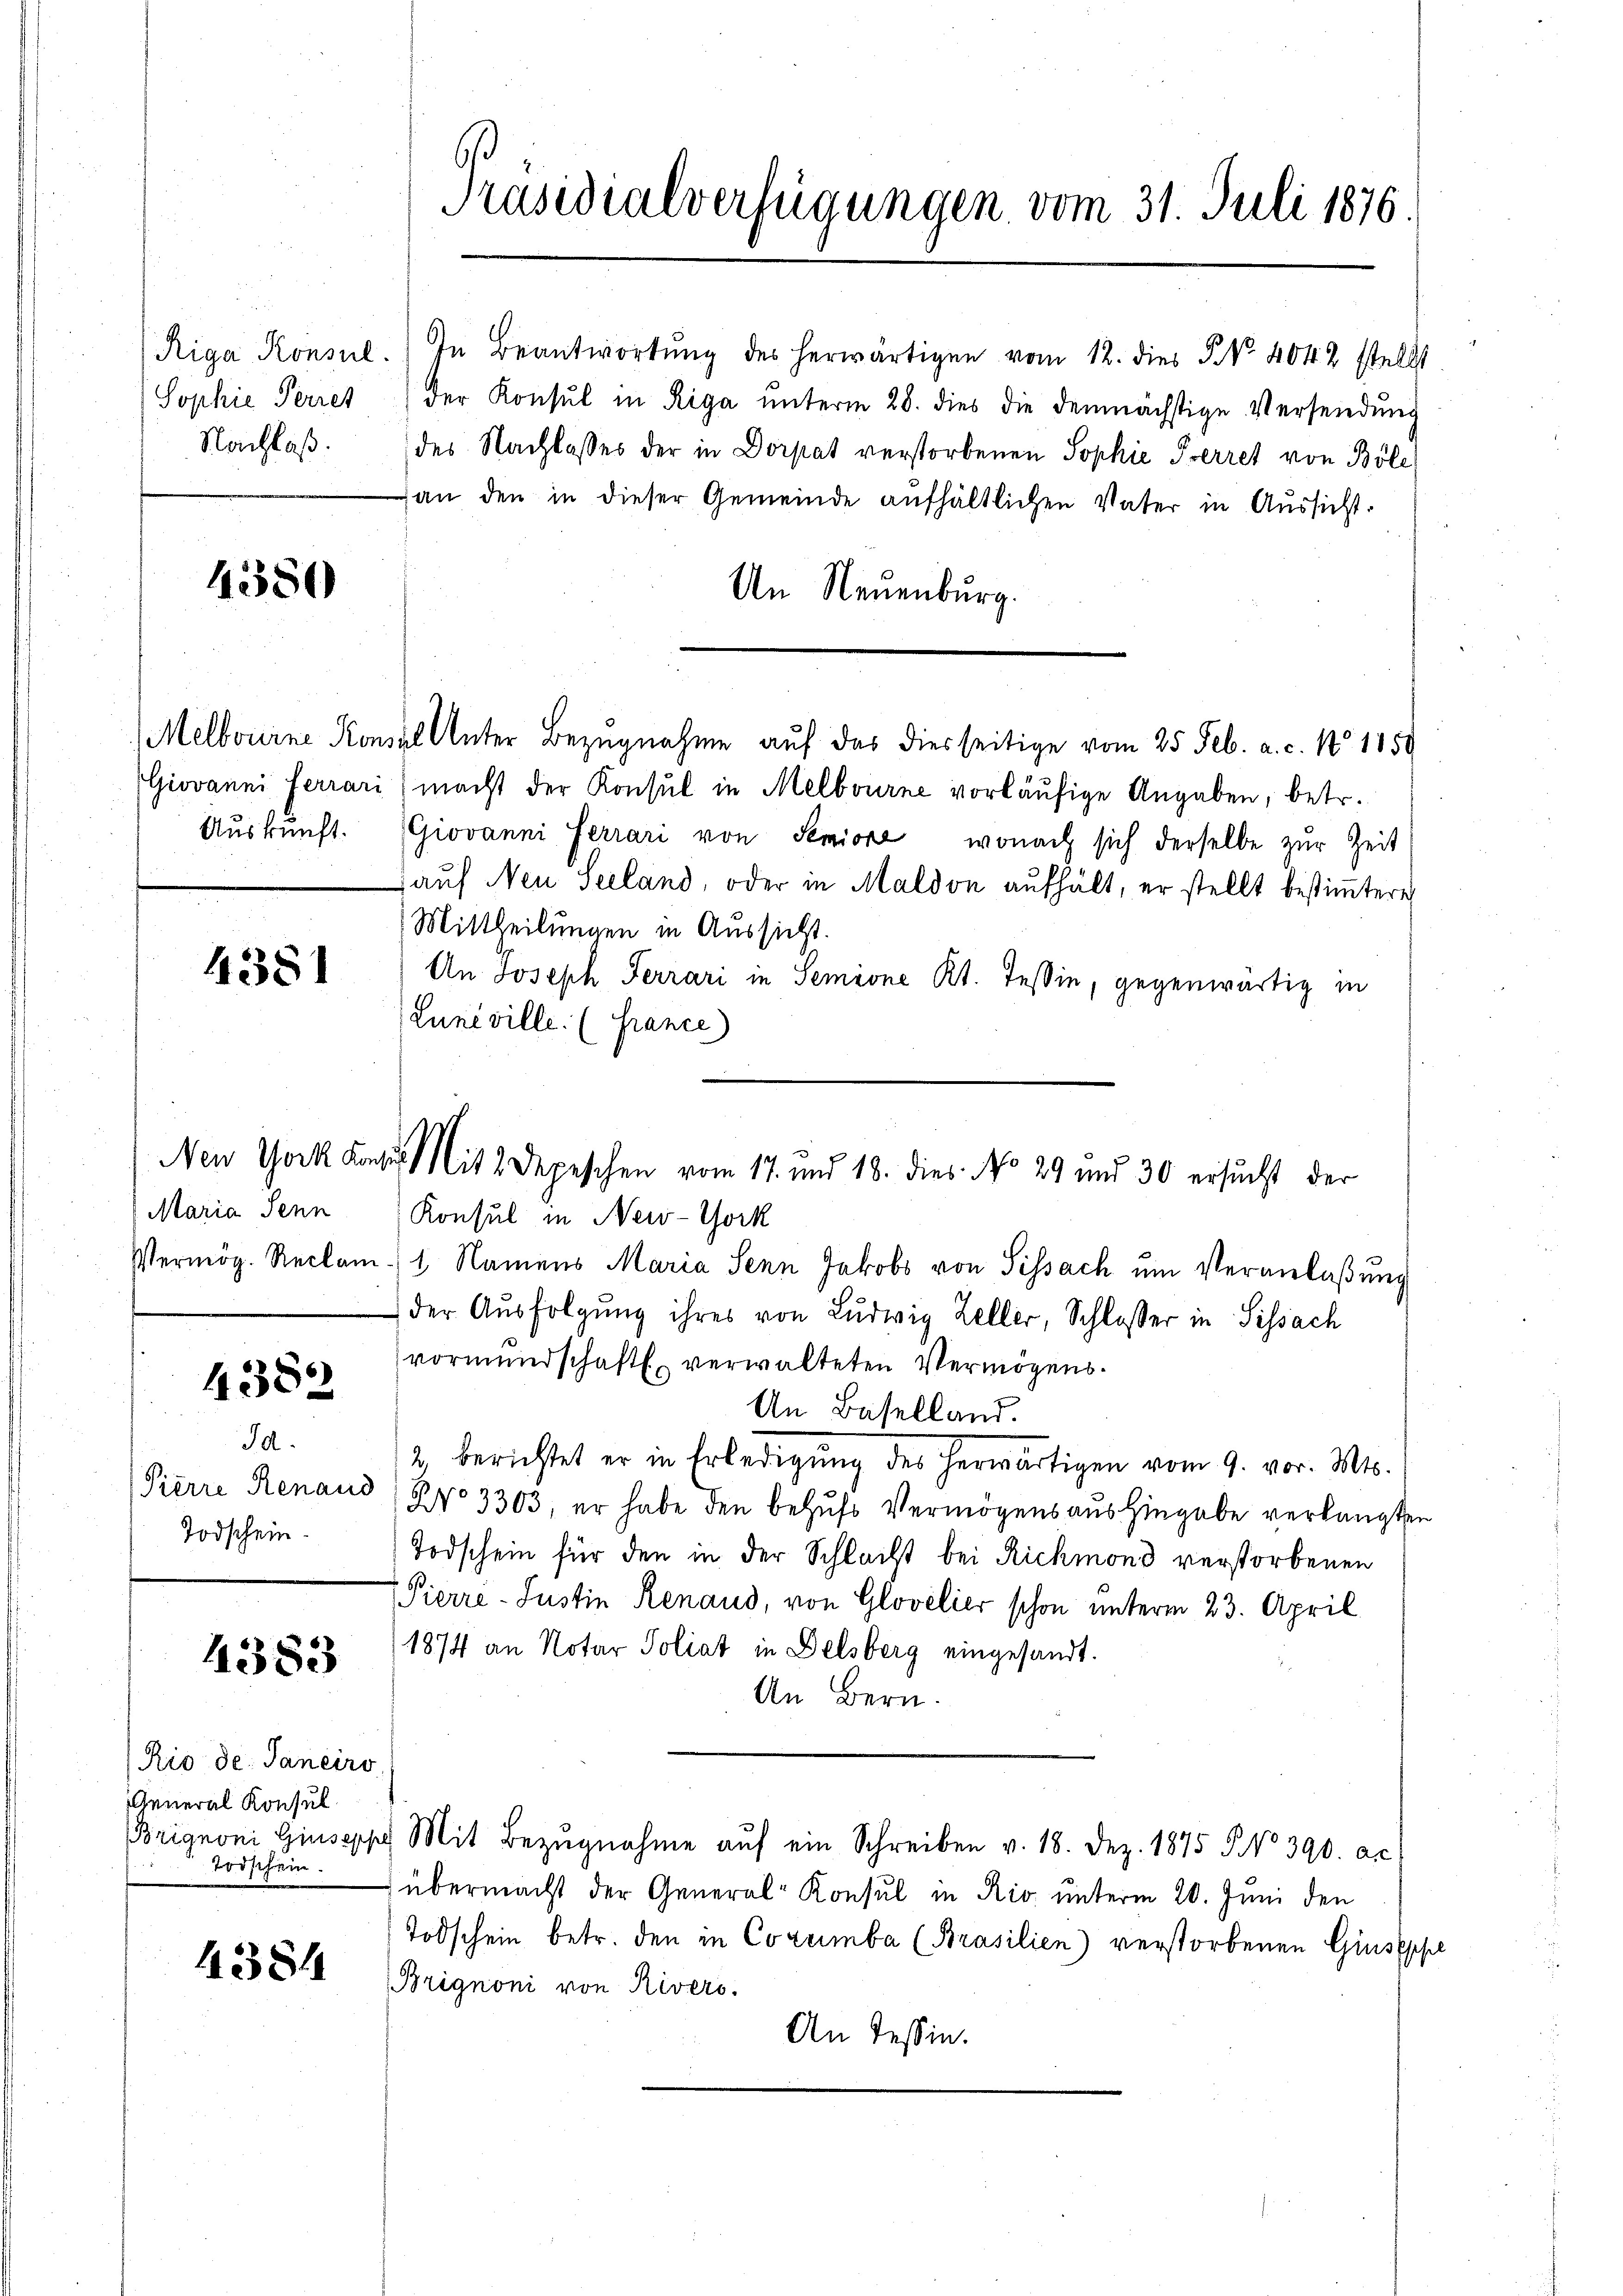
Sophie Perres
Nachlaß.

1380

Auskunft.

4381

Maria Senn

4382

Id.
Todschein.

4383

4384

Rio de. Janeiro
General Konsul
Todschein.

Präsidialverfügungen vom 31. Juli 1876.

New York Lant. Mit 2 Depeschen vom 17. und 18. dies No 29 und 30 ersucht der

Riga Konsul. In Beantwortŭng des herwärtigen vom 12. dies P. Nr. 4042 stellt
der Konsul in Riga ŭnterm 28. dies die demnächstige Versendŭng
des Nachlasses der in Dorpat verstorbenen Sophie Perret von Böle
an den in dieser Gemeinde aufhältlichen Vater in Aussicht.
Um Neuenburg.
Melbourne Konsul Unter Bezugnahme auf das diesseitige vom 25. Feb. a. c. 1 1859
Giovanni ferrari macht der Konsul in Melbourne vorläŭfige Angaben, betr.
Giovanni Ferrari von Seniore, wonach sich derselbe zur Zeit
aŭf Neu Seeland, oder in Maldon aufhält, er stellt bestiṁtere
Mittheilungen in Aussicht.
An Joseph Ferrari in Semine Kt. Tessin, gegenwärtig in
Luniville. (France)
Konsul in New-York
Vermög Reclam. 1. Namens Maria Senn Jakobs von Sissach um Veranlaßung
der Aŭsfolgŭng ihres von Ludwig Zeller, Schlosser in Sissach
vormundschaften verwalteten Vermögens¬
An Baselland.
2 berichtet er in Erledigŭng des herwärtigen vom 9. vor. Mts.
Pierre Renaud (Pro 3303, er habe den behŭfs Vermögensaushingabe verlangten
Todschein für den in der Schlacht bei Richmond verstorbenen
Pierre-Justin Renaus, von Glovelier schon unterm 23. April
1874 an Notar Poliat in Delsberg eingesandt.
An Bern.
Brignoni Giuseppt Mit Bezŭgnahme aŭf ein Schreiben v. 18. Dez. 1875 § No 390. ac
übermacht der General-Konsul in Rio unterm 20. Juni den
Todschein betr. den in Corumba (Brasilien) verstorbenen Giussch
Brignoni von Rivers.
An Tessin.